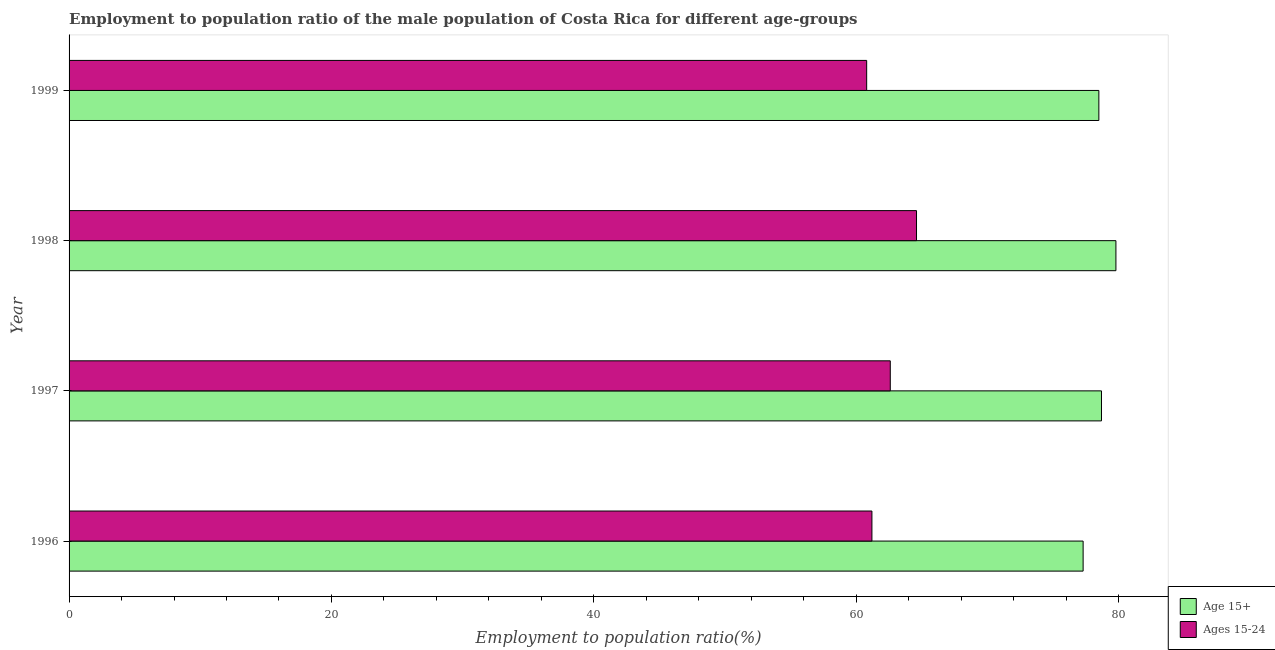
| Year | Age 15+ | Ages 15-24 |
 | --- | --- | --- |
 | 1996 | 77.3 | 61.2 |
 | 1997 | 78.7 | 62.6 |
 | 1998 | 79.8 | 64.6 |
 | 1999 | 78.5 | 60.8 |